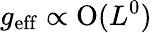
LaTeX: g_{\mathrm{eff}}\propto\mathrm{O}(L^{0})